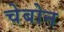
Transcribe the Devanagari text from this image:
चेबोन